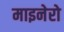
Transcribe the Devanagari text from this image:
माइनेरो